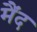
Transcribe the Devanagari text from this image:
मैंद